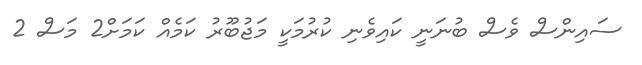
ސައިންސް ވެސް ބުނަނީ ކައިވެނި ކުރުމަކީ މަޖުބޫރު ކަމެއް ކަމަށް2 މަސް 2